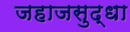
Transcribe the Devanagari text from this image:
जहाजसुद्धा